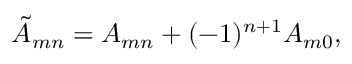
\tilde { A } _ { m n } = A _ { m n } + ( - 1 ) ^ { n + 1 } A _ { m 0 } ,